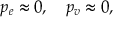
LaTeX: p _ { e } \approx 0 , \quad p _ { v } \approx 0 ,